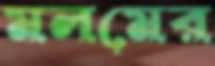
মলমের